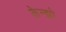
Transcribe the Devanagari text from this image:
केन्झो